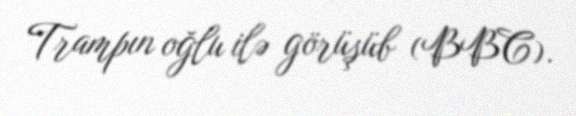
Trampın oğlu ilə görüşüb (BBC).